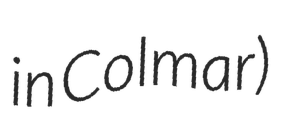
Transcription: in Colmar)